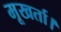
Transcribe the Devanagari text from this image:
मूखर्ता।